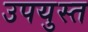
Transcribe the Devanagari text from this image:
उपयुस्त